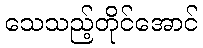
သေသည့်တိုင်အောင်